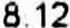
8.12